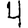
Digit: 4